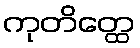
ကုတိတ္ထေ